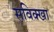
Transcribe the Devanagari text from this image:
सविक्खा